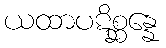
ယထာပဋိစ္ဆန္နေ